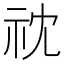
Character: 𮁡